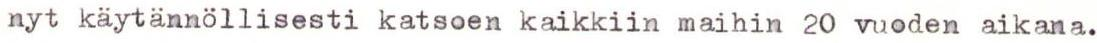
nyt käytännöllisesti katsoen kaikkiin maihin 20 vuoden aikana.